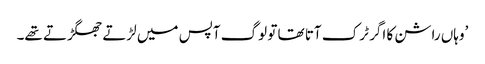
’وہاں راشن کا اگر ٹرک آتا تھا تو لوگ آپس میں لڑتے جھگڑتے تھے۔